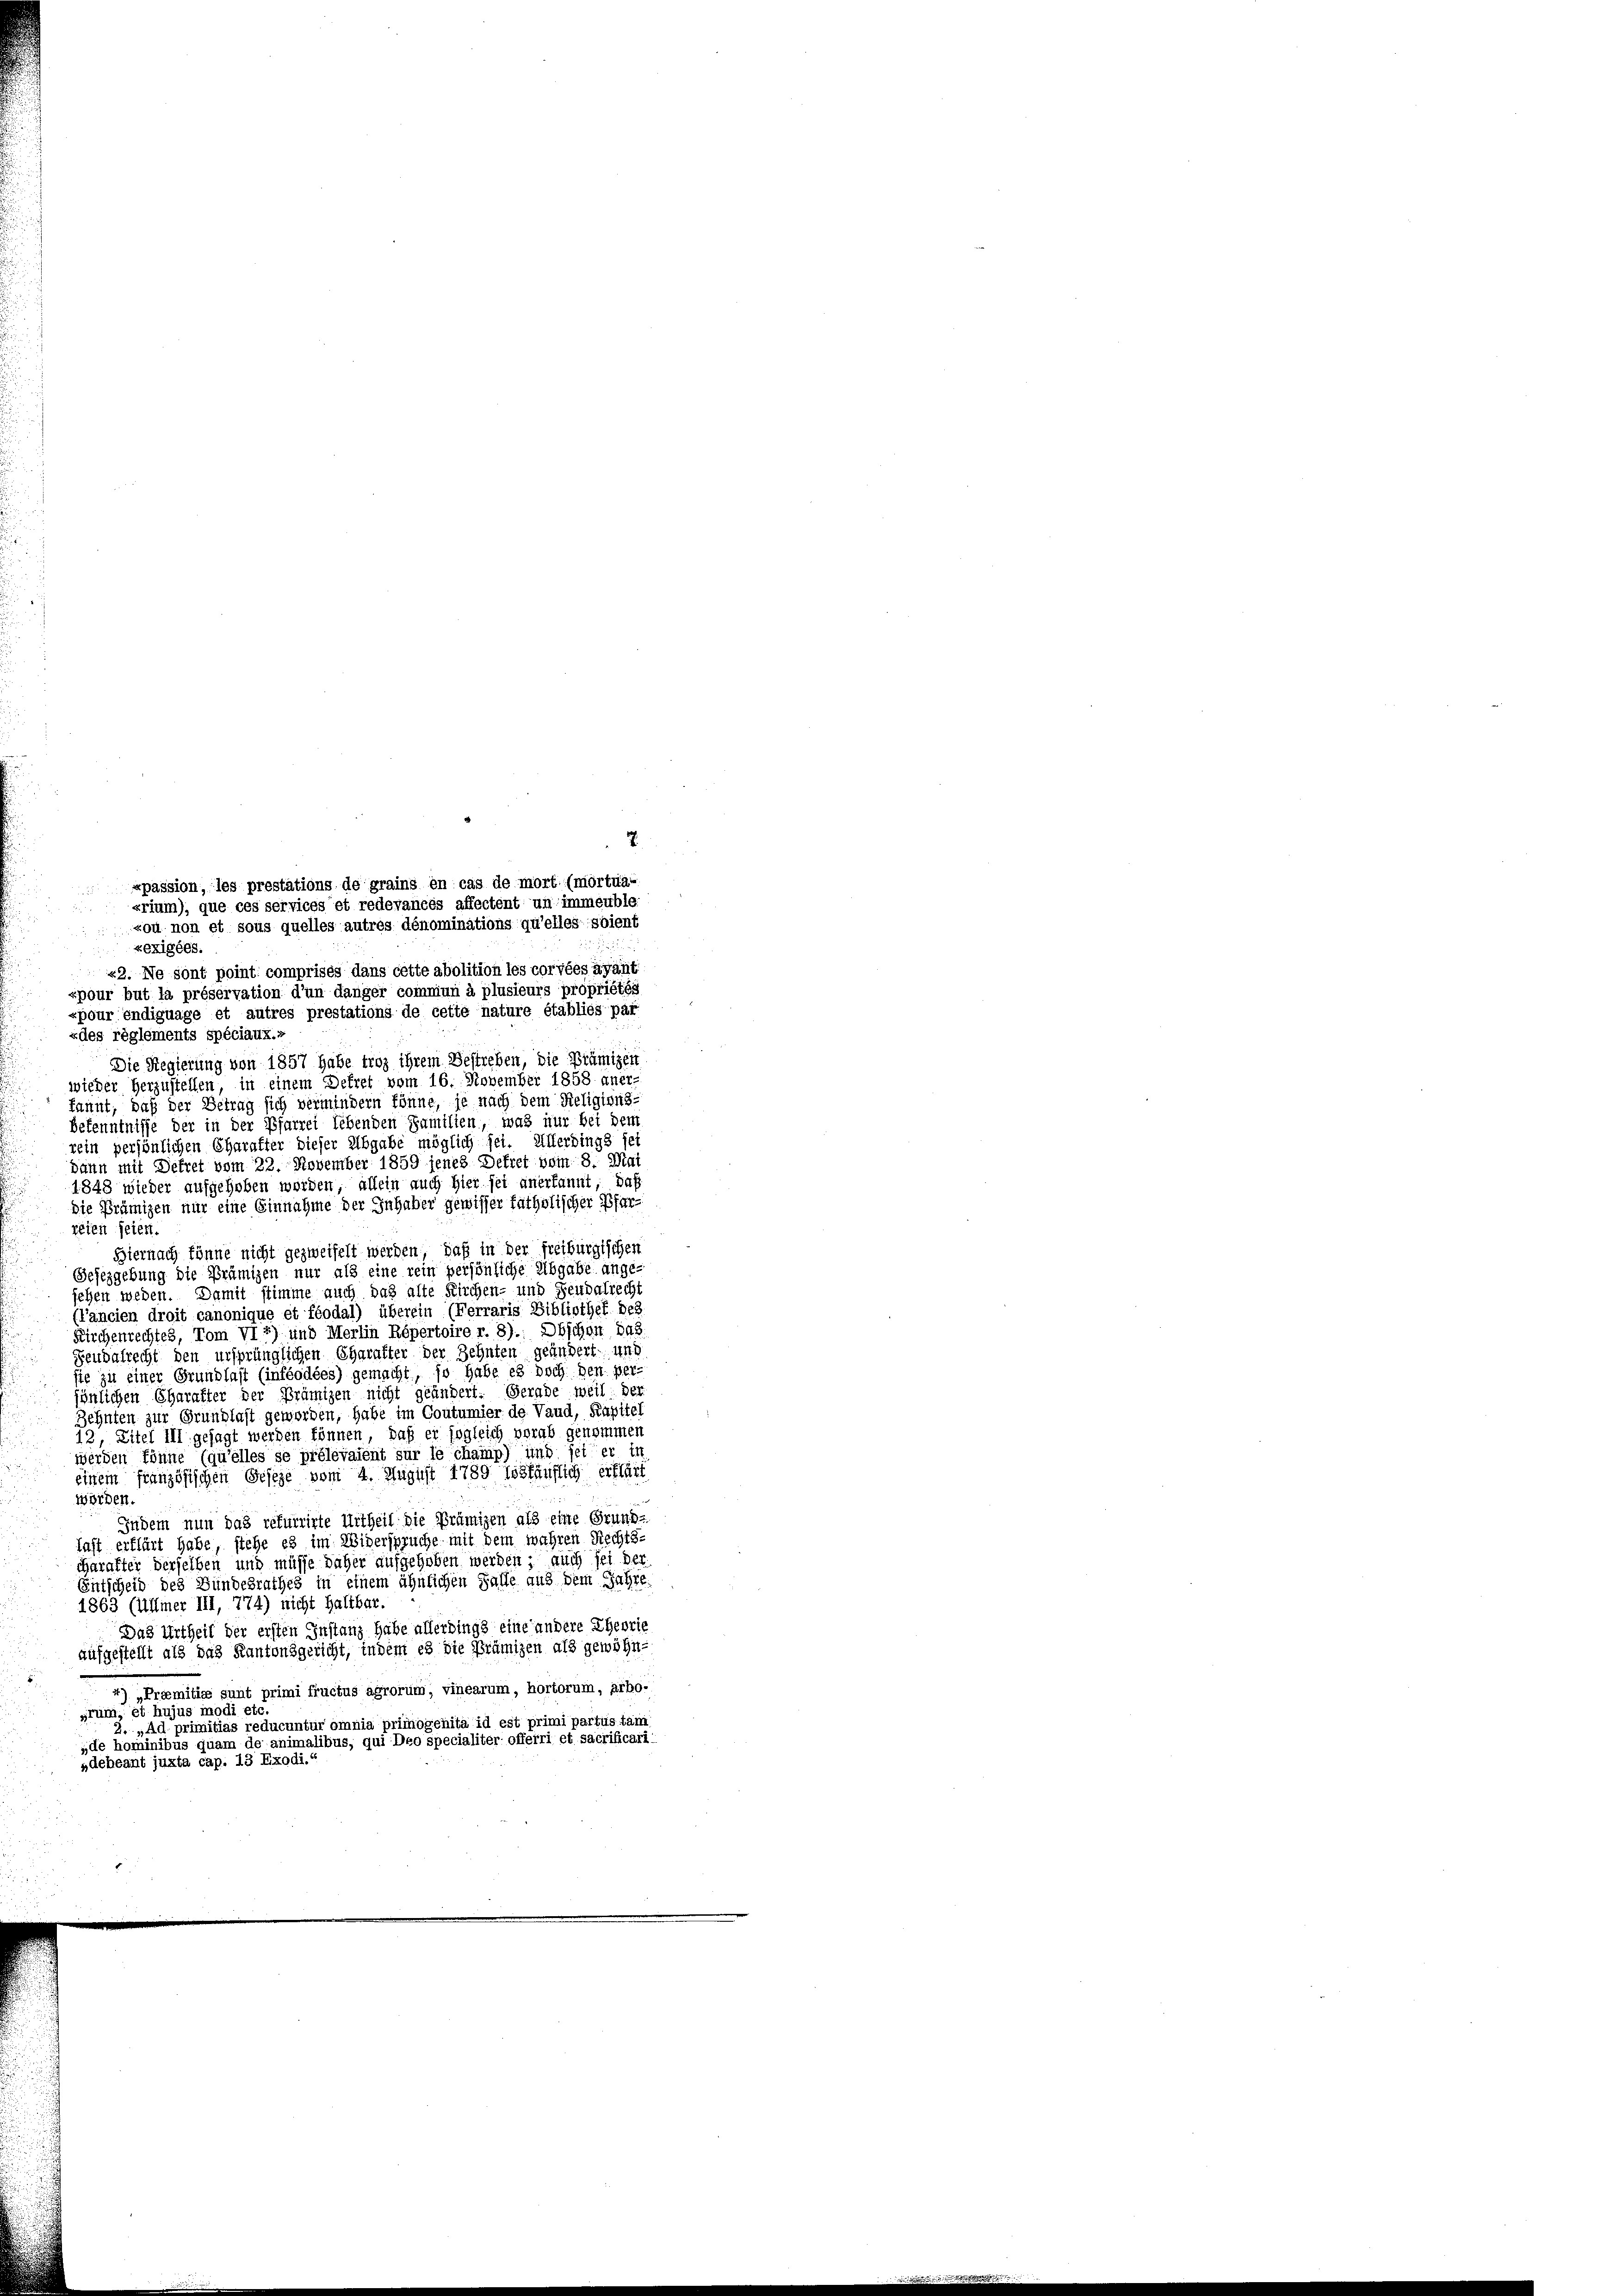
e
xexigées.
22. Ne sont point comprises dans cette abolition les corvées ayant
«pour but la préservation d’un danger commun à plusieurs propriétés
«pour endiguage et autres prestations de cette nature établiés par
«des règlements spéciaux.«
Die Regierung von 1857 habe troz ihrem Bestreben, die Prämigen
wieder herzustellen, in einem Dekret vom 16. November 1858 aner-
kannt, daß der Betrag sich vermindern könne, je nach dem Religions-
Bekenntnisse der in der Pfarrei lebenden Familien, was nur bei dem
rein persönlichen Charakter dieser Abgabe möglich sei. Allerdings sei
dann mit Dekret vom 22. November 1859 jenes Dekret vom 8. Mai
1848 wieder aufgehoben worden, allein auch hier fei anerkannt; daf
Die Prämizen nur eine Einnahme der Inhaber gewisser katholischer Pfarreten seien.
Hiernach könne nicht gezweifelt werden, daß in der freiburgischen
Gesezgebung die Prämizen nur als eine rein persönliche Abgabe ange-
sehen weden. Damit stimme auch das alte Kirchen- und Feudalrecht
(fancien droit canonique et féodal) überein (Ferraris Bibliothek des
Kirchenrechtes, Vom VI 2) und Merlin Répertoire r. 8). Obschon das.
Feudalrecht den ursprünglichen Charakter der Zehnten geändert, und
sie zu einer Grundlast (inféodées) gemacht, so habe es doch den per-
sönlichen Charakter der Brümizen nicht geändert. Gerade weil: der
Zehnten zur Grundlast geworden, habe im Coutumier de Vaud, Rupitel
12, Zitel III gesagt werden können, daß er sogleich vorab genommen
werden könne (qu’elles se prélevaient sur le champ) und jet er ih
einem französischen Geseze vom 4. August 1789 tösfäuflich erklärt
worden.
Indem nun das refuerirte Urtheil die Prämien als eine Grund-
fast erklärt habe, stehe es im Widerspruche mit dem wahren Rechts-
charakter derselben und müsse daher aufgehoben werden, auch sei der
Entscheid des Bundesrathes in einem ähnlichen Falle aus dem Jahre
1863 (Ulmer III, 774) nicht Haltbar.
Das Urtheil der ersten Instanz habe allerdings eine andere Eheorie
aufgestellt als das Kantonsgericht, indem es die Prämizen als gewöhn-
4) „Proemitice sunt primi fructus ägrorum, vinearum, hortorum, arbo-
grum, et hujus modi etc.
2. „Ad primitias reducuntur omnia primogenita id est primi partus tam
„de hominibus quam de animalibus, qui Deo specialiter offerri et sacrificari
»debeant juxta cap. 13 Exodi.“

«passion, les prestations de grains en cas de mort (mortua-
«rium), que ces services’et redevancés affectent un immeuble.
sou non et sous quelles autres dénominations qu’elles soient

2